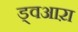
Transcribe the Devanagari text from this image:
ड्वआऱा